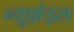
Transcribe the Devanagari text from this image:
न्यूफ़ेड्स